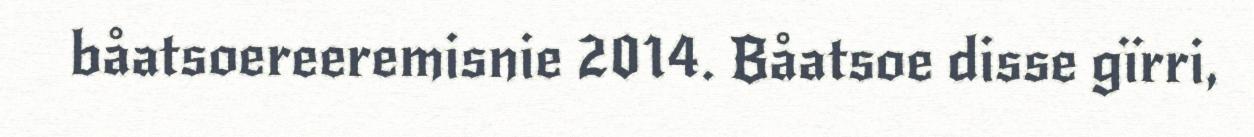
båatsoereeremisnie 2014. Båatsoe disse gïrri,